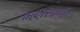
ભણસાળી